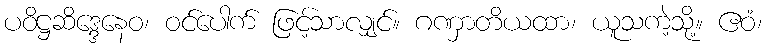
ပဝိဋ္ဌဆိဒ္ဒေနေဝ၊ ဝင်ပေါက် ဖြင့်သာလျှင်။ ဂဏှာတိယထာ၊ ယူသကဲ့သို့။ ဧဝံ၊